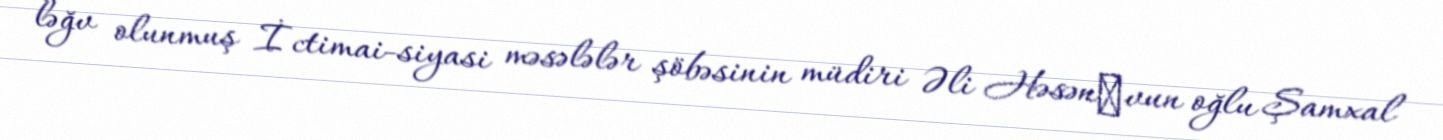
ləğv olunmuş İctimai-siyasi məsələlər şöbəsinin müdiri Əli Həsənоvun oğlu Şamxal